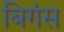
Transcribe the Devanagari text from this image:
बिगंस